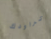
تراودك